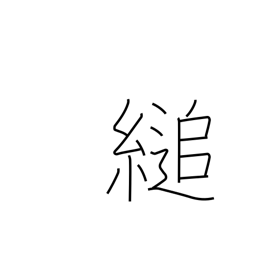
Meaning: hang on